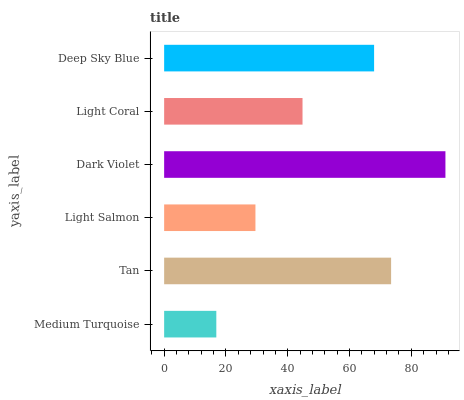
| yaxis_label | bars |
 | --- | --- |
 | Medium Turquoise | 16.9 |
 | Tan | 73.5 |
 | Light Salmon | 29.6 |
 | Dark Violet | 91 |
 | Light Coral | 44.8 |
 | Deep Sky Blue | 68 |